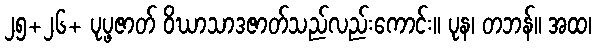
၂၅+၂၆+ ပုပ္ဖဇာတ် ဝိဃာသာဒဇာတ်သည်လည်းကောင်း။ ပုန၊ တဘန်။ အထ၊